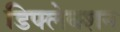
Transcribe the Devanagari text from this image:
डिफ्लेक्शन